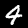
Label: 4